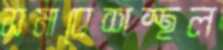
সমাবেশস্থল